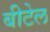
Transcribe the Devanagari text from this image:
बीटेल